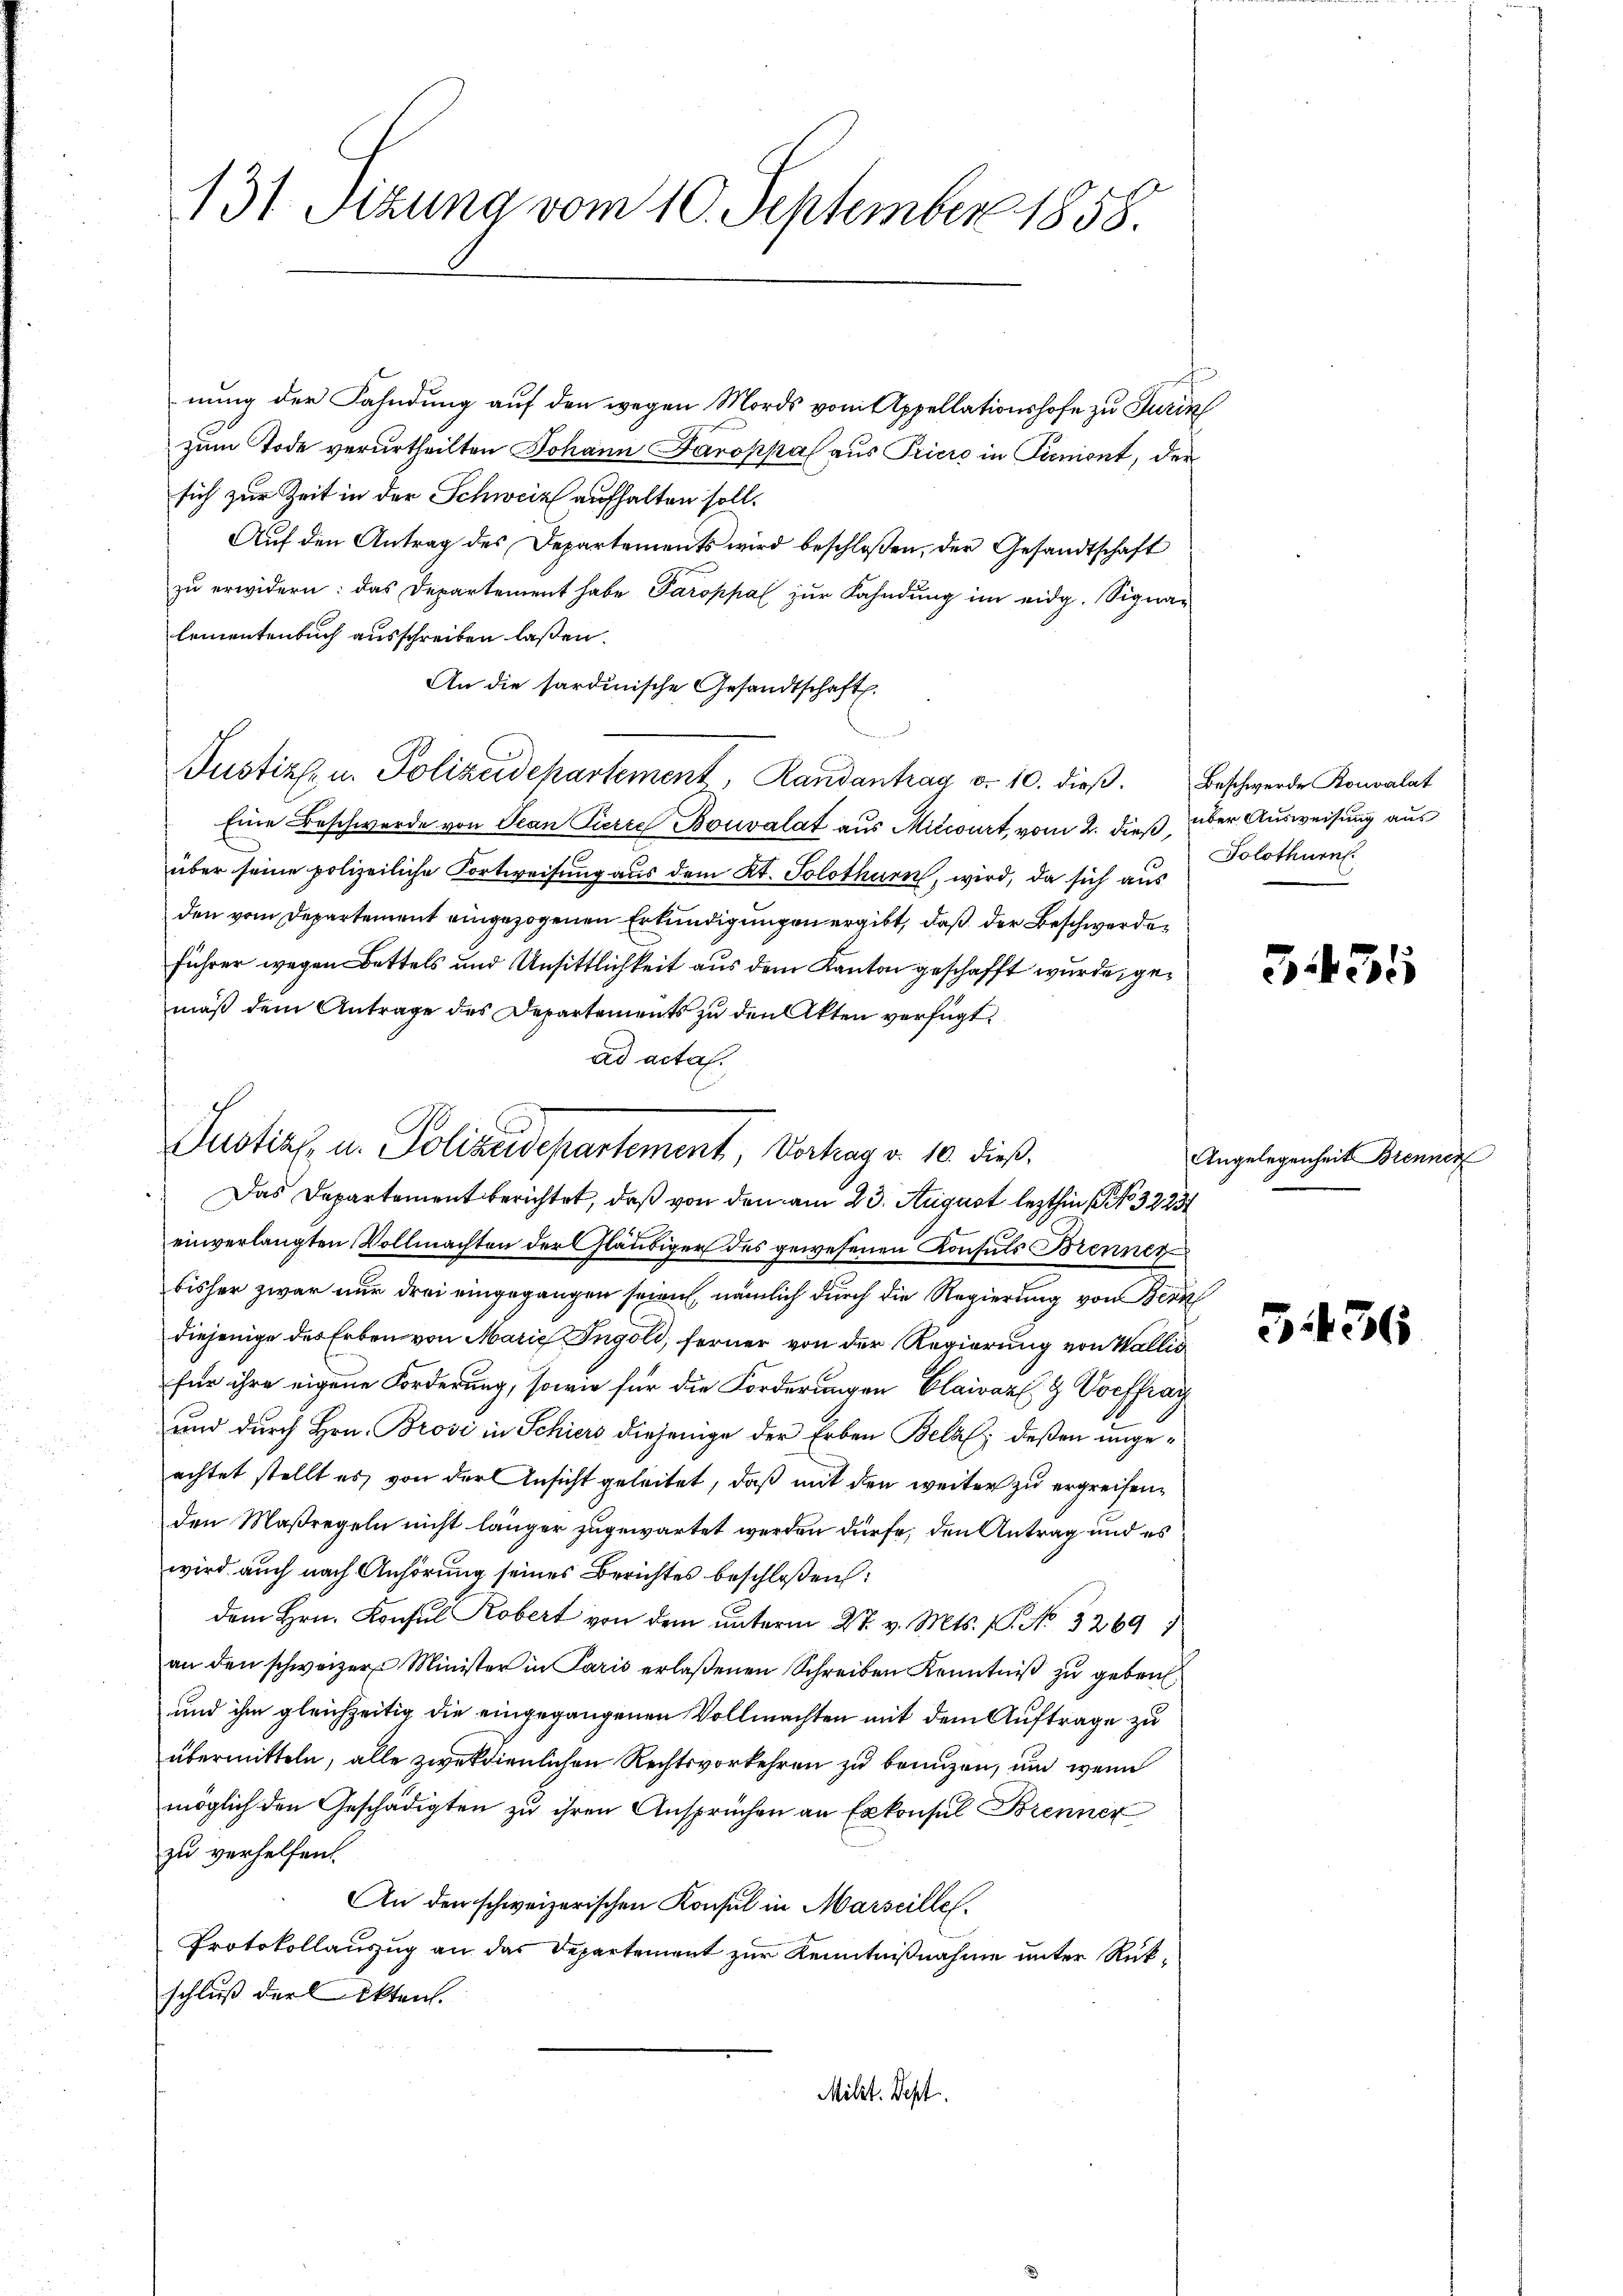
131. Sitzung vom 10. September 1858.

nung der Fahndung auf den wegen Mords vom Appellationshofe zu Turin
zum Tode verurtheilten Johann Jaroppal aus Priere in Tuniont, der
sich zur Zeit in der Schweiz aufhalten soll.
Auf den Antrag des Departements wird beschlossen, der Gesandtschaft
zu erwidern: das Departement habe Paroppal zur Fahndung im eidg. Signa-
lementenbuch ausschreiben laßen.
An die sardinische Gesandtschaft.
Justiz- u. Polizeidepartement, Randantrag d. 10. dieβ. Beschwerde Konvalat
Eine Beschwerde von Jean Pierre Bouvalat aus Mitcourt, vom 2. dieß, über Ausweisung aus
über seine polizeiliche Fortweisung aus dem Kt. Solothurn, wird, da sich aus
den vom Departement eingezogenen Erkundigungen ergibt, daß der Beschwerde¬
Führer wegen Bettels und Unsittlichkeit aus dem Kanton geschafft wurde, gemäß dem Antrage des Departements zu den Akten verfügt:
ad acta.
Das Departement berichtet, daß von den am 23. August lezthin No 32234
einverlangten Vollmachten der Gläubiger des gewesenen Konsuls Brenner
bisher zwar nur drei eingegangen seien, nämlich durch die Regierung von Bern
diejenige des Erben von Marie Ingold, ferner von der Regierung von Wallis
für ihre eigene Forderung, sowie für die Forderungen Clairaz- & Vorfrag
und durch Hrn. Brovi in Schiers diejenige der Erben Belal deßen ungeachtet stellt es von der Ansicht geleitet, daß mit den weiter zu ergreifenden Maßregeln nicht länger zugewartet werden dürfe, den Antrag und es
wird auch nach Anhörung seines Berichtes beschloßen:
dem Hrn. Konsul Kobert von dem unterm 27. v. Mts. 1. No. 3269
an den schweizer Minister in Paris erlaßenen Schreiben Kenntniß zu geben.
und ihm gleichzeitig die eingegangenen Vollmachten mit dem Auftrage zu
übermitteln, alle zwekdienlichen Rechtsvorkehren zu benuzen, um wenn
möglich den Geschädigten zu ihren Ansprüchen an Exkonsul Brenner
zu verhelfen.
An den schweizerischen Konsul in Marseille¬
Protokollauszug an das Departement zur Kenntnißnahme unter Rükschluß der Akten.
Milit. Sept.

Justiz, u. Polizeidepartement, Vortrag v. 10. dieß.

Solothurn.

3435

Angelegenheit Brenner

B 436